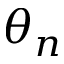
\theta _ { n }